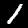
Label: 1